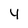
Character: y